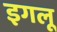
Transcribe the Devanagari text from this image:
इगलू